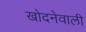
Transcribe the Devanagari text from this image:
खोदनेवाली